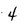
Character: 4